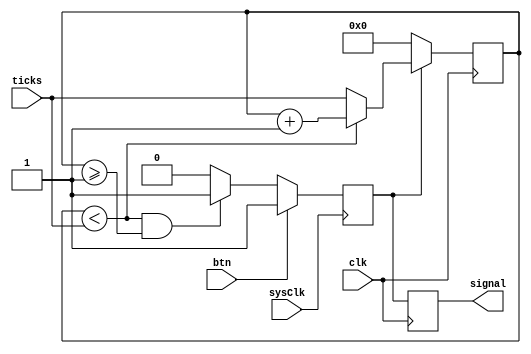
`timescale 1ns / 1ps
//////////////////////////////////////////////////////////////////////////////////
// Company: 
// Engineer: 
// 
// Design Name: 
// Module Name: de_bounce
// Project Name: 
// Target Devices: 
// Tool Versions: 
// Description: 
// 
// Dependencies: 
// 
// Revision:
// Revision 0.01 - File Created
// Additional Comments:
// 
//////////////////////////////////////////////////////////////////////////////////


module de_bounce(input btn, sysClk, input [31:0] ticks, input clk, output reg signal = 0);


    reg [31:0] count = 0;
    reg [0:0] state = 0;
    
    always @ (posedge sysClk) begin
        state <= btn ? 1 :
            (count < ticks && count >= 1) ? 1 : 0;
    end
    
    always @ (posedge clk) begin
                 
        count <= state ? 
                 (count < ticks ) ? count + 1 : ticks
                 : 0;
        
        signal = state;   
    
    end
endmodule